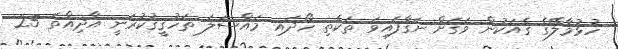
ހުޅުމާލޭގެ ގެއަކުން ވަގަށް ނަގާފައިވަ ތަކެތި ހޯދައި މައްސަލަ ތަހުޤީޤުކުރަނީ އާދިއްތަ 25